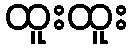
ထူးထူး